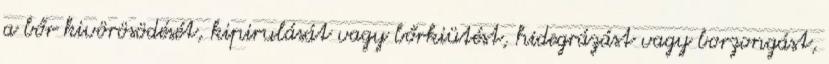
a bőr kivörösödését, kipirulását vagy bőrkiütést, hidegrázást vagy borzongást,